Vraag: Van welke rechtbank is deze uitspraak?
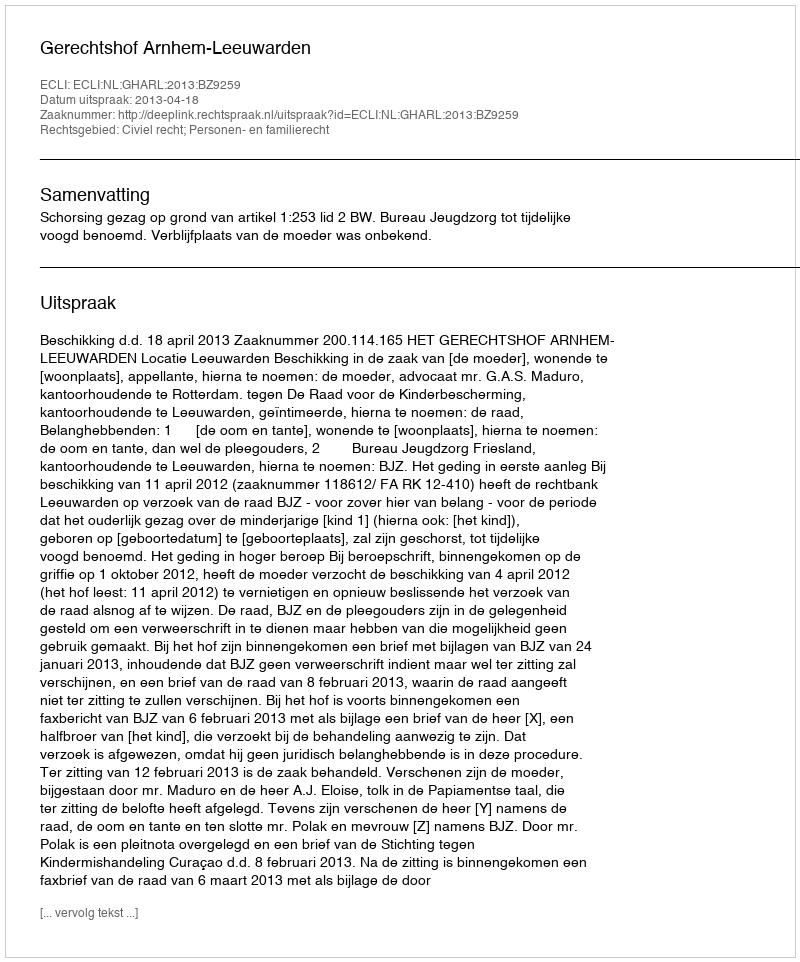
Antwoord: Gerechtshof Arnhem-Leeuwarden